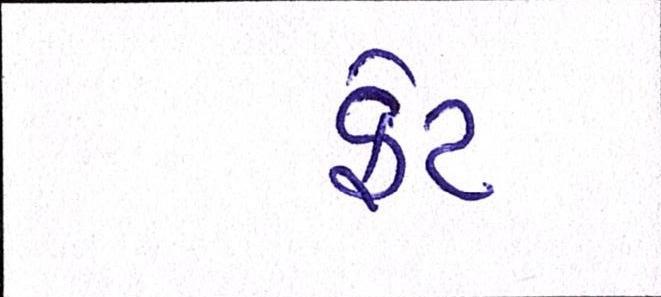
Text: ફેટ